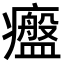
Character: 𤻷